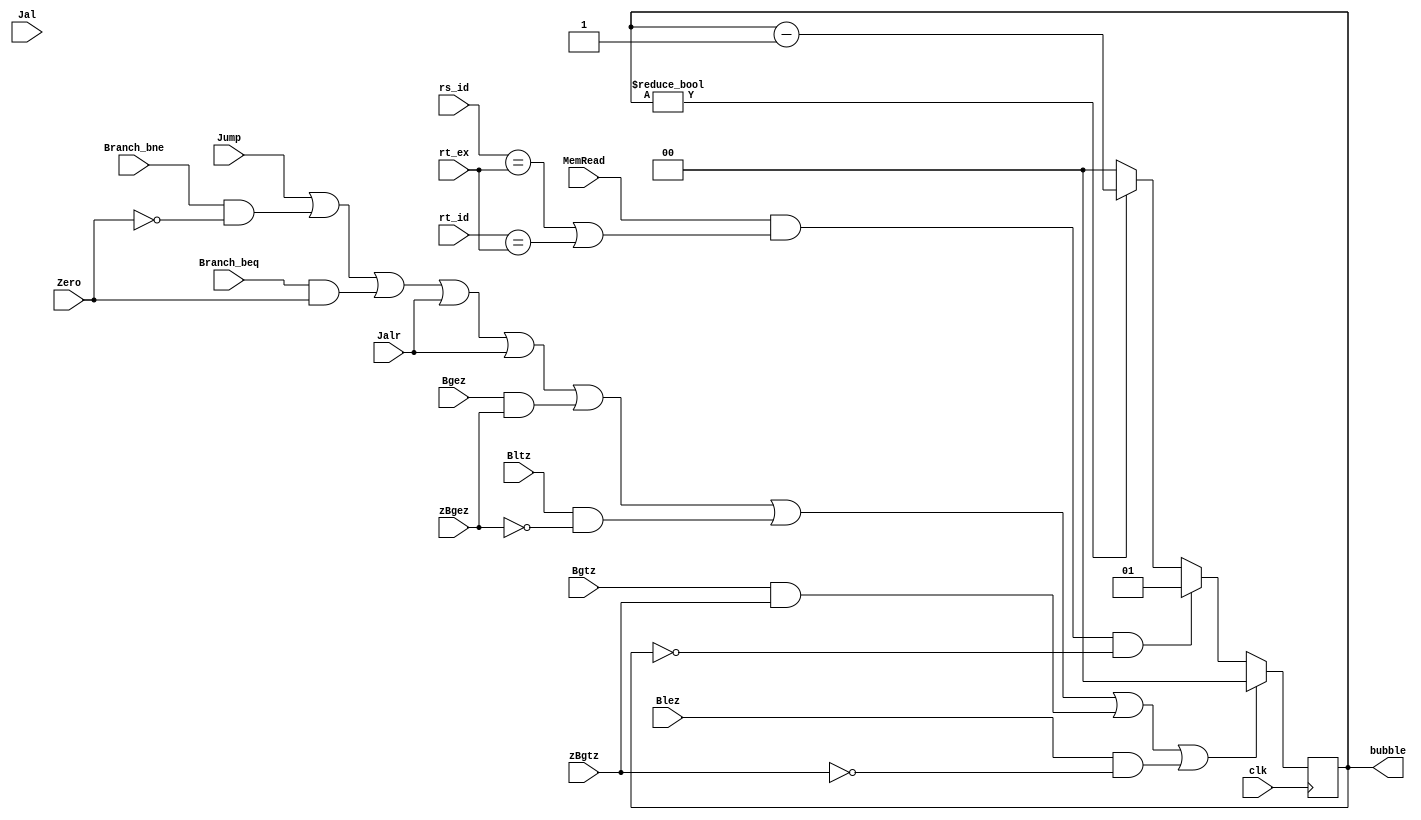
module load_use(
	input clk,
	input MemRead,
	input[4:0] rs_id,
	input[4:0] rt_id,
	input[4:0] rt_ex,
	input Bgez,
	input Bgtz,
	input Blez,
	input Bltz,
	input zBgez,
	input zBgtz,
	input Jalr,
	input Jal,
	input Zero,
	input Jump,
	input Branch_beq,
	input Branch_bne,
	output reg[1:0] bubble
    ); 
	 
	initial
		bubble = 0;

	always @(negedge clk)
	begin
		if(MemRead && (rs_id==rt_ex || rt_id==rt_ex) && bubble == 0) bubble = 1;
		else if(bubble !=0 ) bubble = bubble - 2'b01;
		else bubble = 0;
		if( Jump || (Branch_bne&&!Zero) || (Branch_beq&&Zero) ||Jalr || Jalr || (Bgez && zBgez) || (Bltz && !zBgez) || (Bgtz && zBgtz) || (Blez && !zBgtz)) bubble=0;
	end

endmodule